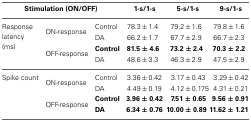
<table><thead><tr><td colspan="3"><b>Stimulation (ON/OFF)</b></td><td><b>1-s/1-s</b></td><td><b>5-s/1-s</b></td><td><b>9-s/1-s</b></td></tr></thead><tbody><tr><td rowspan="3">Response latency (ms)</td><td rowspan="2">ON-response</td><td>Control</td><td>78.3 ± 1.4</td><td>79.2 ± 1.6</td><td>79.8 ± 1.6</td></tr><tr><td>DA</td><td>66.2 ± 1.7</td><td>67.7 ± 2.9</td><td>66.7 ± 2.3</td></tr><tr><td rowspan="2">OFF-response</td><td><b>Control</b></td><td><b>81.5 ± 4.6</b></td><td><b>73.2 ± 2.4</b></td><td><b>70.3 ± 2.2</b></td></tr><tr><td></td><td>DA</td><td>48.6 ± 3.3</td><td>46.3 ± 2.9</td><td>47.5 ± 2.9</td></tr><tr><td>Spike count</td><td rowspan="2">ON-response</td><td>Control</td><td>3.36 ± 0.42</td><td>3.17 ± 0.43</td><td>3.29 ± 0.42</td></tr><tr><td></td><td>DA</td><td>4.49 ± 0.19</td><td>4.12 ± 0.175</td><td>4.31 ± 0.21</td></tr><tr><td></td><td rowspan="2">OFF-response</td><td><b>Control</b></td><td><b>3.96 ± 0.42</b></td><td><b>7.51 ± 0.65</b></td><td><b>9.56 ± 0.91</b></td></tr><tr><td></td><td><b>DA</b></td><td><b>6.34 ± 0.76</b></td><td><b>10.00 ± 0.89</b></td><td><b>11.62 ± 1.21</b></td></tr></tbody></table>